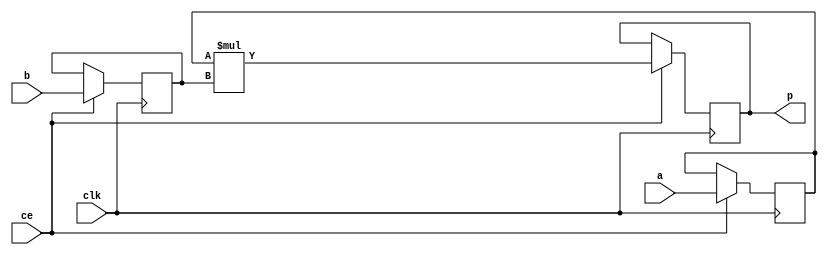
module feedforward_mul_7ns_31ns_38_3_Mul3S_0(clk, ce, a, b, p);
input clk;
input ce;
input[7 - 1 : 0] a; 
input[31 - 1 : 0] b; 
output[38 - 1 : 0] p;
reg [7 - 1 : 0] a_reg0;
reg [31 - 1 : 0] b_reg0;
wire [38 - 1 : 0] tmp_product;
reg [38 - 1 : 0] buff0;
assign p = buff0;
assign tmp_product = a_reg0 * b_reg0;
always @ (posedge clk) begin
    if (ce) begin
        a_reg0 <= a;
        b_reg0 <= b;
        buff0 <= tmp_product;
    end
end
endmodule